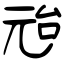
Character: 兘